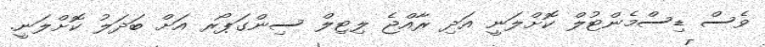
ވެސް ޑިސްމެންޓުލް ކޮށްލަނީ އަދި ރާއްޖެ ލިޓިލް ސިންގަޕޯރ އަށް ބަދަލު ކޮށްލަނީ.